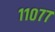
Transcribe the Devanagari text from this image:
११०७७